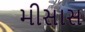
મીસાસ